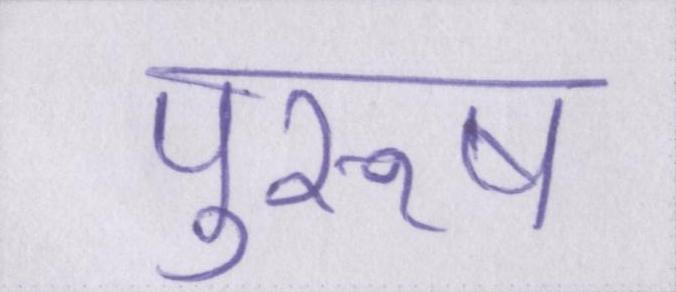
पुरूष